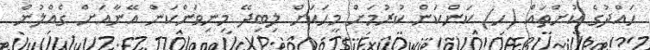
ޙައްދުގެ ކުށްތައް (ހ) ކަންކަން ކުރުމަށް މީހަކަށް ލިބިދޭ މިނިވަންކަން އޭނާއަށް ގެއްލުން